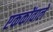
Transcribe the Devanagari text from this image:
एककोंवाले